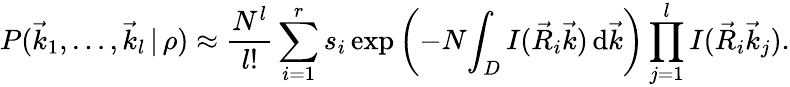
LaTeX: P(\vec{k}_{1},\dots,\vec{k}_{l}\, |\, \rho)\approx\frac{N^{l}}{l!}\sum_{i=1}^{r}s_{i}\exp\left(-N\! \int_{D}I(\vec{R}_{i}\vec{k})\, \mathrm d\vec{k}\right)\prod_{j=1}^{l}I(\vec{R}_{i}\vec{k}_{j}).